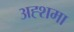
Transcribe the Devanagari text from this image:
अह्शमा